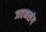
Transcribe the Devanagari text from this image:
जतनसंग